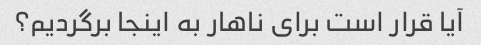
آیا قرار است برای ناهار به اینجا برگردیم؟